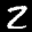
Label: 2